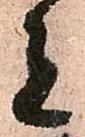
者